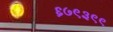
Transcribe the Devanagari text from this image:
६७९३९९